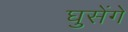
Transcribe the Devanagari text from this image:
घुसेंगे